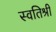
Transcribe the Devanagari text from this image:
स्वतिश्री